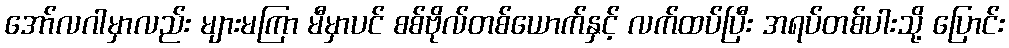
အော်လဂါမှာလည်း များမကြာ မီမှာပင် စစ်ဗိုလ်တစ်ယောက်နှင့် လက်ထပ်ပြီး အရပ်တစ်ပါးသို့ ပြောင်း